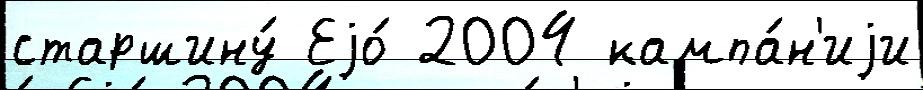
старшину́ Еjо́ 2004 кампа́н'иjи